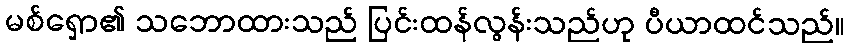
မစ်ရှော၏ သဘောထားသည် ပြင်းထန်လွန်းသည်ဟု ပီယာထင်သည်။